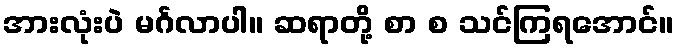
အားလုံးပဲ မင်္ဂလာပါ။ ဆရာတို့ စာ စ သင်ကြရအောင်။